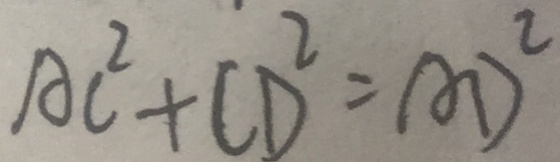
A C ^ { 2 } + C D ^ { 2 } = A D ^ { 2 }